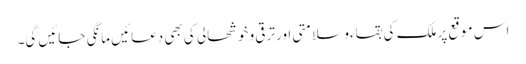
اس موقع پر ملک کی بقاءو سلامتی اور ترقی و خوشحالی کی بھی دعائیں مانگی جائیں گی۔